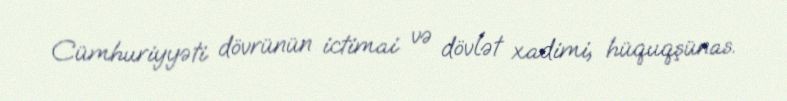
Cümhuriyyəti dövrünün ictimai və dövlət xadimi, hüquqşünas.